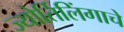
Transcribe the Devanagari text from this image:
ज्‍योर्तिलिंगाचे